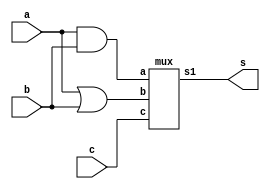
//-------------------------
// Exemplo0032 - F4
// Nome: Gabriel Carlos Damasceno Arriel
// -------------------------
// -------------------------
// f4_gate
// -------------------------
module f4 (output s,
input  a,
input  b,
input c);
// descrever por portas
wire s4;
wire s5;
and AND3 (s4, a, b);
or OR4 (s5, a, b);
mux M1 (s, s4, s5, c);

endmodule // f4

module mux (output s1,
input a,
input b,
input c);
// descrever por portas
wire s2;
wire s3;
wire nc;
not NOT1 (nc, c);
and AND1 (s2, a, nc);
and AND2 (s3, b, c);
or OR1 (s1, s2, s3);
endmodule // f4

module test_f4;
// ------------------------- definir dados
reg [2:0] x;
wire z;
f4 modulo (z, x[0], x[1], x[2]);
// ------------------------- parte principal
initial begin
$display("Exemplo0032 - Gabriel Carlos Damasceno Arriel - 451557");
$display("Test LU's module");
x = 0;
// projetar testes do modulo
#1 $monitor("Entradas : %3b %3b | Selecao: %3b | Saida: %3b",x[1],x[0],x[2],z);
    repeat (7) begin
	 #1 x = x+1;
	 end
end
endmodule // test_f4